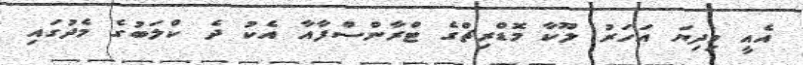
އެއީ މިދިޔަ އަހަރު ލޫކާ މޮޑްރިޗްގެ ޓްރާންސްފާއާ އެކު ދެ ކްލަބުގެ މެދުގައި